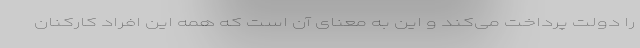
را دولت پرداخت می‌کند و این به معنای آن است که همه این افراد کارکنان